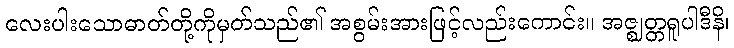
လေးပါးသောဓာတ်တို့ကိုမှတ်သည်၏ အစွမ်းအားဖြင့်လည်းကောင်း။ အဇ္ဈတ္တရူပါဒီနိ၊